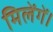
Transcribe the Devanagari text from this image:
मिलेंगें।